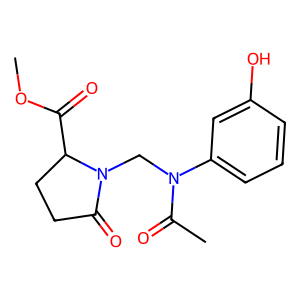
SMILES: COC(=O)C1CCC(=O)N1CN(C(C)=O)c1cccc(O)c1
Inhibits HIV replication: No